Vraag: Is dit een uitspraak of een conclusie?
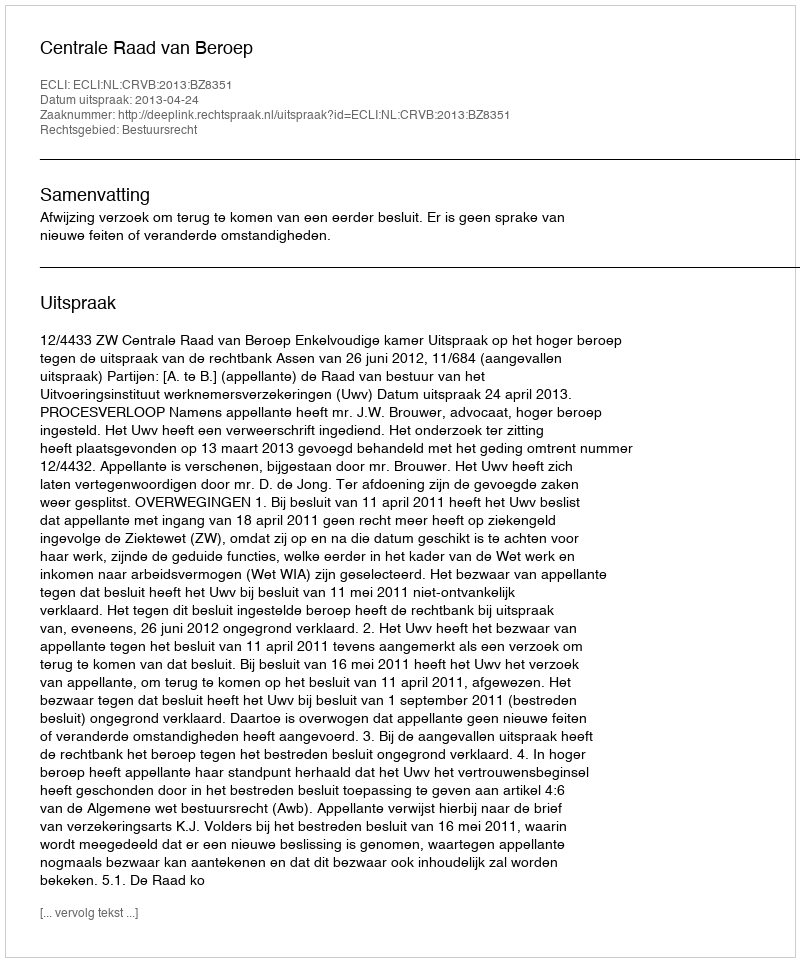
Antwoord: Uitspraak